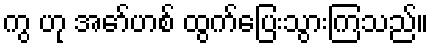
ကွ ဟု အော်ဟစ် ထွက်ပြေးသွားကြသည်။